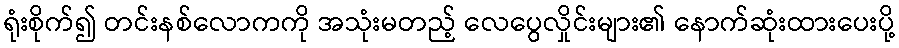
ရုံးစိုက်၍ တင်းနစ်လောကကို အသုံးမတည့် လေပွေလှိုင်းများ၏ နောက်ဆုံးထားပေးပို့